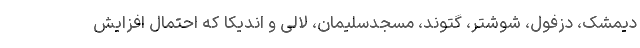
دیمشک، دزفول، شوشتر، گتوند، مسجدسلیمان، لالی و اندیکا که احتمال افزایش